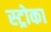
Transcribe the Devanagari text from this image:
स्ट्रोका